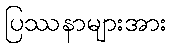
ပြဿနာများအား